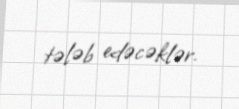
tələb edəcəklər.